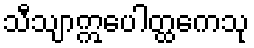
သီသျာဣပေါတ္ထကေသု